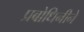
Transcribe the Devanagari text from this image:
प्रबोधिनीने